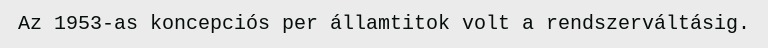
Az 1953-as koncepciós per államtitok volt a rendszerváltásig.